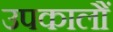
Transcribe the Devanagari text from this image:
उपकालौं